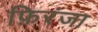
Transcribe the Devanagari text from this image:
फ़िरंजा